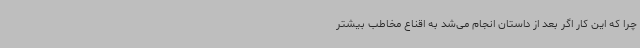
چرا که این کار اگر بعد از داستان انجام می‌شد به اقناع مخاطب بیشتر